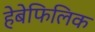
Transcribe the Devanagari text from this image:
हेबेफिलिक